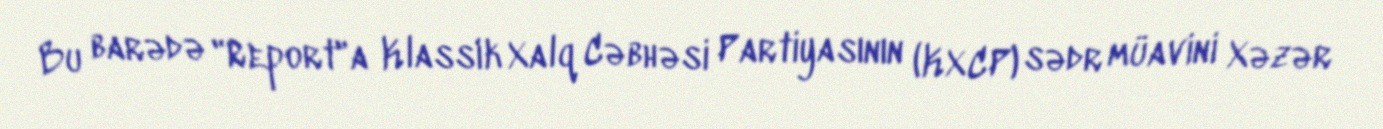
Bu barədə "Report"a Klassik Xalq Cəbhəsi Partiyasının (KXCP) sədr müavini Xəzər